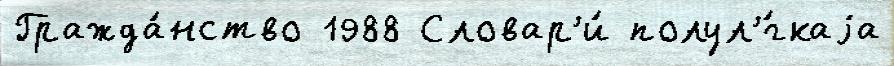
Гражда́нство 1988 Словар'и́ полул'́гкаjа